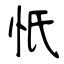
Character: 忯